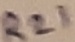
Text: R21